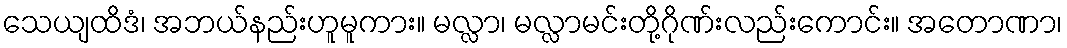
သေယျထိဒံ၊ အဘယ်နည်းဟူမူကား။ မလ္လာ၊ မလ္လာမင်းတို့ဂိုဏ်းလည်းကောင်း။ အတောဏာ၊